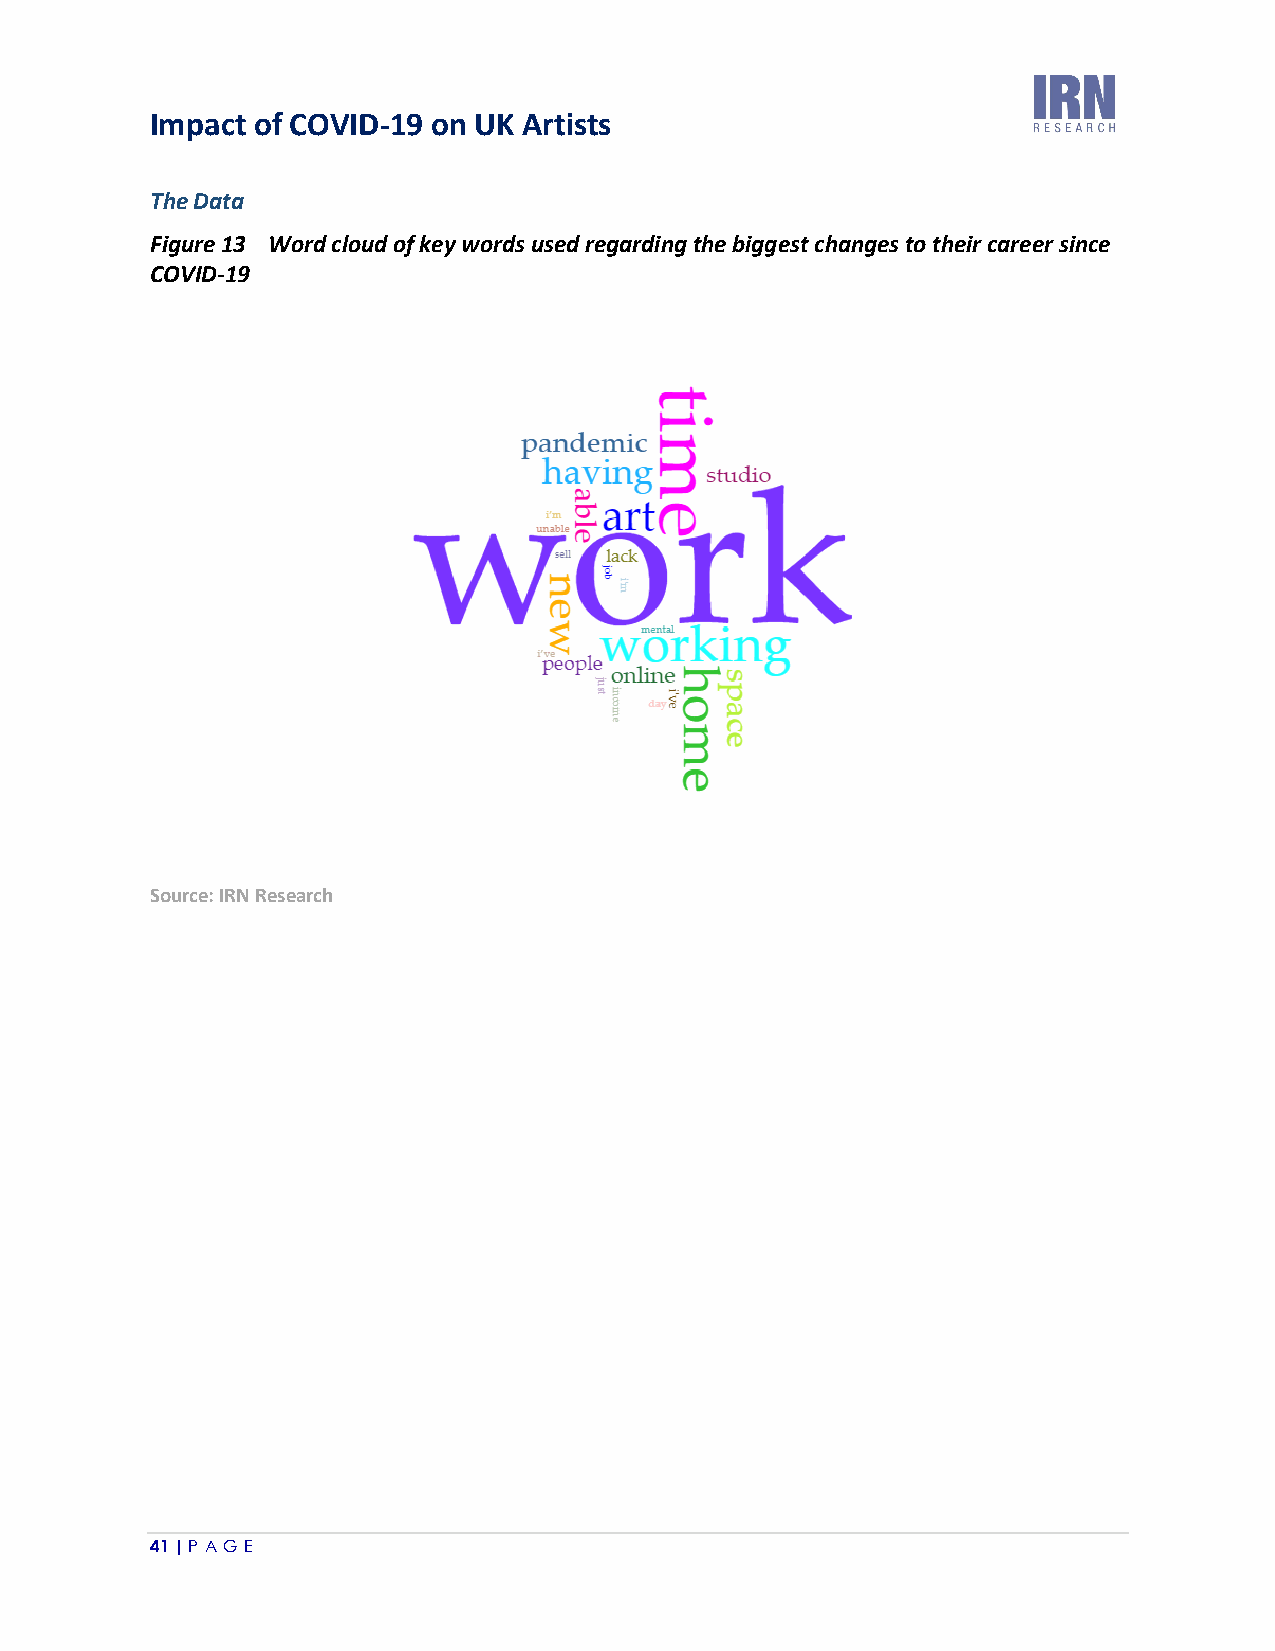
Impact of COVID-19 on UK Artists
 The Data
 Figure 13 Word cloud of key words used regarding the biggest changes to their career since
 COVID-19
 Source: IRN Research
 41 | P A GE